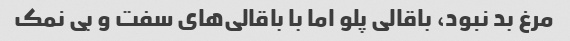
مرغ بد نبود، باقالی پلو اما با باقالی‌های سفت و بی نمک